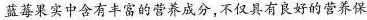
蓝莓果实中含有丰富的营养成分，不仅具有良好的营养保